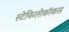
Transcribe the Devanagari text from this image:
स्टेफिलोकॉकस